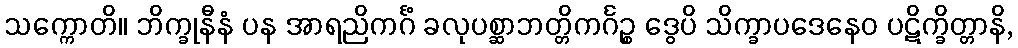
သက္ကောတိ။ ဘိက္ခုနီနံ ပန အာရညိကင်္ဂံ ခလုပစ္ဆာဘတ္တိကင်္ဂဉ္စ ဒွေပိ သိက္ခာပဒေနေဝ ပဋိက္ခိတ္တာနိ,